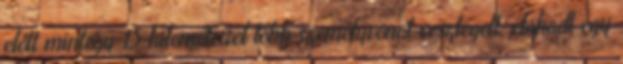
előtt mintegy 15 kilométerrel több személyvonat vesztegelt, elakadt egy